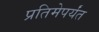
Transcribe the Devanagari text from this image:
प्रतिमेपर्यंत